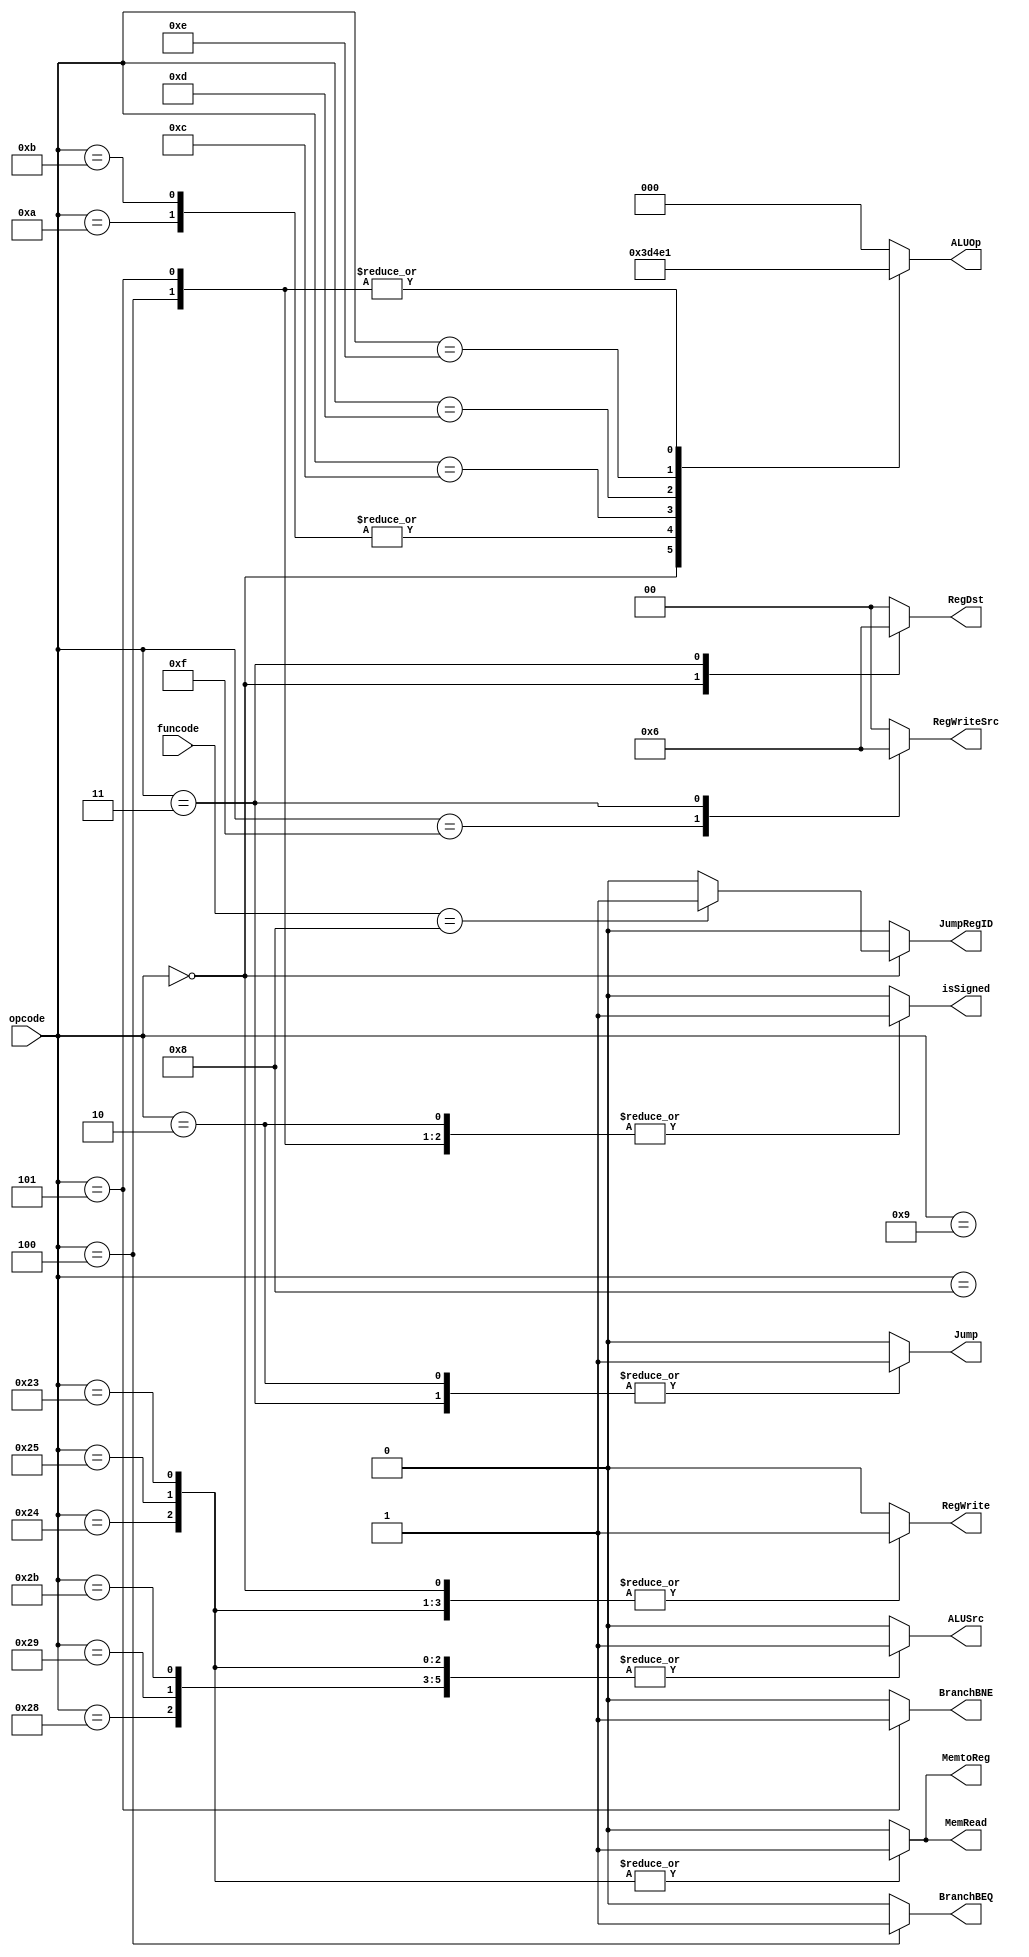
/*
DESCRIPTION
Main Controller

NOTES

TODO
*/

module controller_r0 (
	input [5:0] opcode,
	input [5:0] funcode, 
	output [1:0] RegDst,				// 0 = 20:16, 1 = 15:11, 2 = $31
	output ALUSrc,
	output MemtoReg,
	output RegWrite,
	output [1:0] RegWriteSrc,	// 0 = output from memory, 1 = 16-bit left-shifted value for lui, 2 = PC + 4 for JAL
	output MemRead,
	//output MemRead1,
	//output MemRead2,
	//output MemRead3,
	//output MemWrite0,
	//output MemWrite1,
	//output MemWrite2,
	//output MemWrite3,
	output Jump,
	output JumpRegID,
	output BranchBEQ,
	output BranchBNE,
	output [2:0] ALUOp,
	output isSigned
);

/**********
 * Internal Signals
**********/
 reg [1:0] RegDst_tmp;
 reg ALUSrc_tmp;
 reg MemtoReg_tmp;
 reg RegWrite_tmp;
 reg [1:0] RegWriteSrc_tmp;
 reg MemRead_tmp;
 //reg MemRead1_tmp;
 //reg MemRead2_tmp;
 //reg MemRead3_tmp;
 //reg MemWrite0_tmp;
 //reg MemWrite1_tmp;
 //reg MemWrite2_tmp;
 //reg MemWrite3_tmp;
 reg BranchBEQ_tmp;
 reg BranchBNE_tmp;
 reg Jump_tmp;
 reg JumpRegID_tmp;
 reg [2:0] ALUOp_tmp;
 reg isSigned_tmp;
	
/**********
 * Glue Logic 
 **********/
 localparam R_Type 	= 6'h00;
 localparam j		= 6'h02;
 localparam jal		= 6'h03;
 localparam beq		= 6'h04;
 localparam bne		= 6'h05;
 //localparam blez	= 6'h06;
 //localparam bgtz	= 6'h07;
 localparam addi 	= 6'h08;
 localparam addiu 	= 6'h09;
 localparam slti 	= 6'h0A;
 localparam sltiu	= 6'h0B;
 localparam andi	= 6'h0C;
 localparam ori		= 6'h0D;
 localparam xori	= 6'h0E;
 localparam lui		= 6'h0F;
 //localparam lb	= 6'h20;
 //localparam lh	= 6'h21;
 //localparam lwl	= 6'h22;
 localparam lw		= 6'h23;
 localparam lbu		= 6'h24;
 localparam lhu		= 6'h25;
 //localparam lwr	= 6'h26;
 localparam sb		= 6'h28;
 localparam sh		= 6'h29;
 //localparam swl	= 6'h2A;
 localparam sw 		= 6'h2B;
 //localparam swr	= 6'h2E;
 
 localparam ALUadd = 3'b000;	// for addi, addiu, lw, lbu, lhu, sb, sh, sw
 localparam ALUsub = 3'b001;	// for beq, bne
 localparam ALUand = 3'b010;	// for andi
 localparam ALUor  = 3'b011;	// for ori
 localparam ALUxor = 3'b100;	// for xori
 localparam ALUslt = 3'b101;	// for slti, sltiu
 localparam ALURtp = 3'b111;	// for all R-Type
 
 localparam fun_jr		= 6'h08;
 
/**********
 * Synchronous Logic
 **********/
/**********
 * Glue Logic 
 **********/
/**********
 * Components
 **********/
/**********
 * Output Combinatorial Logic
 **********/
 /*always @(funcode) begin
	JumpRegID_tmp = 0;
	
	if(funcode == fun_jr) begin
		JumpRegID_tmp = 1;
	end
 end*/
 
 always @(opcode, funcode) begin
	RegDst_tmp = 2'b00;
	ALUSrc_tmp = 0;
	MemtoReg_tmp = 0;
	RegWrite_tmp = 0;
	RegWriteSrc_tmp = 2'b00;
	MemRead_tmp = 0;
	//MemRead1_tmp = 0;
	//MemRead2_tmp = 0;
	//MemRead3_tmp = 0;
	//MemWrite0_tmp = 0;
	//MemWrite1_tmp = 0;
	//MemWrite2_tmp = 0;
	//MemWrite3_tmp = 0;
	BranchBEQ_tmp = 0;
	BranchBNE_tmp = 0;
	Jump_tmp = 0;
	ALUOp_tmp = 3'b000;
	isSigned_tmp = 0;
	
	JumpRegID_tmp = 0;
	
	case(opcode)
		R_Type: begin
			RegDst_tmp = 2'b01;
			RegWrite_tmp = 1;
			ALUOp_tmp = ALURtp;
			
			if(funcode == fun_jr) begin
				JumpRegID_tmp = 1;
			end
		end
		
		addi: begin
			ALUSrc_tmp = 1;
			RegWrite_tmp = 1;
			ALUOp_tmp = ALUadd;
			isSigned_tmp = 1;
		end
		
		addiu: begin
			ALUSrc_tmp = 1;
			RegWrite_tmp = 1;
			ALUOp_tmp = ALUadd;
		end
		
		slti: begin
			ALUSrc_tmp = 1;
			ALUOp_tmp = ALUslt;
			RegWrite_tmp = 1;
			isSigned_tmp = 1;
		end
		
		sltiu: begin
			ALUSrc_tmp = 1;
			ALUOp_tmp = ALUslt;
			RegWrite_tmp = 1;
		end
		
		andi: begin
			ALUSrc_tmp = 1;
			RegWrite_tmp = 1;
			ALUOp_tmp = ALUand;
			//isSigned_tmp = 1;
		end
		
		ori: begin
			ALUSrc_tmp = 1;
			RegWrite_tmp = 1;
			ALUOp_tmp = ALUor;
			//isSigned_tmp = 1;
		end
		
		xori: begin
			ALUSrc_tmp = 1;
			RegWrite_tmp = 1;
			ALUOp_tmp = ALUxor;
			//isSigned_tmp = 1;
		end
		
		lui: begin
			RegWrite_tmp = 1;
			RegWriteSrc_tmp = 2'b01;
			isSigned_tmp = 1;
		end
		
		lbu: begin
			ALUSrc_tmp = 1;
			MemtoReg_tmp = 1;
			RegWrite_tmp = 1;
			MemRead_tmp = 1;
			ALUOp_tmp = ALUadd;
		end
		
		lhu: begin
			ALUSrc_tmp = 1;
			MemtoReg_tmp = 1;
			RegWrite_tmp = 1;
			MemRead_tmp = 1;
			//MemRead1_tmp = 1;
			ALUOp_tmp = ALUadd;
		end
		
		lw: begin
			ALUSrc_tmp = 1;
			MemtoReg_tmp = 1;
			RegWrite_tmp = 1;
			MemRead_tmp = 1;
			//MemRead1_tmp = 1;
			//MemRead2_tmp = 1;
			//MemRead3_tmp = 1;
			ALUOp_tmp = ALUadd;
			isSigned_tmp = 1;
		end
		
		sb: begin
			ALUSrc_tmp = 1;
			//MemWrite0_tmp = 1;
			ALUOp_tmp = ALUadd;
			isSigned_tmp = 1;
		end
		
		sh: begin
			ALUSrc_tmp = 1;
			//MemWrite0_tmp = 1;
			//MemWrite1_tmp = 1;
			ALUOp_tmp = ALUadd;
			isSigned_tmp = 1;
		end
		
		sw: begin
			ALUSrc_tmp = 1;
			//MemWrite0_tmp = 1;
			//MemWrite1_tmp = 1;
			//MemWrite2_tmp = 1;
			//MemWrite3_tmp = 1;
			ALUOp_tmp = ALUadd;
			isSigned_tmp = 1;
		end
		
		beq: begin
			BranchBEQ_tmp = 1;
			ALUOp_tmp = ALUsub;
			isSigned_tmp = 1;
		end
		
		bne: begin
			BranchBNE_tmp = 1;
			ALUOp_tmp = ALUsub;
			isSigned_tmp = 1;
		end
		
		j: begin
			Jump_tmp = 1;
			isSigned_tmp = 1;
		end
		
		jal: begin
			Jump_tmp = 1;
			RegDst_tmp = 2'b10;
			RegWrite_tmp = 1;
			RegWriteSrc_tmp = 2'b10;
			isSigned_tmp = 1;
		end
	endcase
	
 end
 
 assign RegDst = RegDst_tmp;
 assign ALUSrc = ALUSrc_tmp;
 assign MemtoReg = MemtoReg_tmp;
 assign RegWrite = RegWrite_tmp;
 assign RegWriteSrc = RegWriteSrc_tmp;
 assign MemRead = MemRead_tmp;
 //assign MemRead1 = MemRead1_tmp;
 //assign MemRead2 = MemRead2_tmp;
 //assign MemRead3 = MemRead3_tmp;
 //assign MemWrite0 = MemWrite0_tmp;
 //assign MemWrite1 = MemWrite1_tmp;
 //assign MemWrite2 = MemWrite2_tmp;
 //assign MemWrite3 = MemWrite3_tmp;
 assign BranchBEQ = BranchBEQ_tmp;
 assign BranchBNE = BranchBNE_tmp;
 assign Jump = Jump_tmp;
 assign JumpRegID = JumpRegID_tmp;
 assign ALUOp = ALUOp_tmp;
 assign isSigned = isSigned_tmp;
 
endmodule